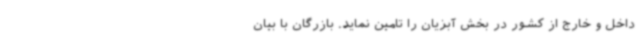
داخل و خارج از کشور در بخش آبزیان را تامین نماید. بازرگان با بیان